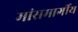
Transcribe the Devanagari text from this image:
मांसमार्गीय